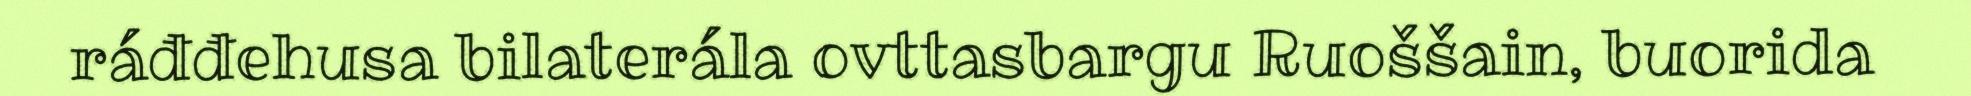
ráđđehusa bilaterála ovttasbargu Ruoššain, buorida